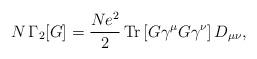
LaTeX: \begin{align*}N\,\Gamma_2 [G]=\frac{Ne^2}{2}\,{\rm Tr} \left[ G\gamma^\mu G\gamma^\nu \right]D_{\mu\nu}, \end{align*}